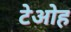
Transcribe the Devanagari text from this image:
टेओह